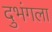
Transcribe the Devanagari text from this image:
दुभंगला